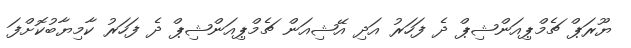
ޔޫރަޕް ޗެމްޕިއަންޝިޕް ދެ ފަހަރު އަދި އޭޝިއަން ޗެމްޕިއަންޝިޕް ދެ ފަހަރު ކާމިޔާބުކޮށްފަ